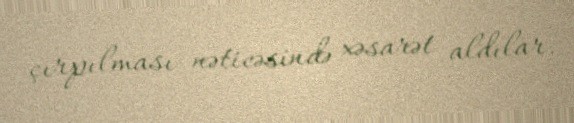
çırpılması nəticəsində xəsarət aldılar.